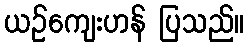
ယဉ်ကျေးဟန် ပြသည်။